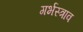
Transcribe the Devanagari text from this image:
गर्भस्त्राव